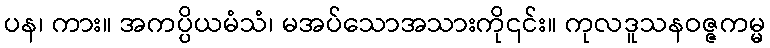
ပန၊ ကား။ အကပ္ပိယမံသံ၊ မအပ်သောအသားကို၎င်း။ ကုလဒူသနဝဇ္ဇကမ္မ